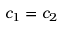
c _ { 1 } = c _ { 2 }